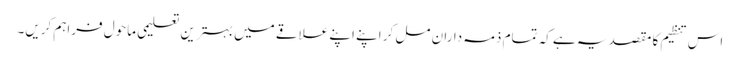
اس تنظیم کا مقصد یہ ہے کہ تمام ذمہ داران مل کر اپنے اپنے علاقے میں بہترین تعلیمی ماحول فراہم کریں۔